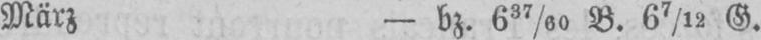
März - bz. 637/60 B. 67/12 G.